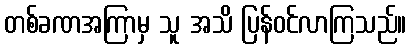
တစ်ခဏအကြာမှ သူ အသိ ပြန်ဝင်လာကြသည်။